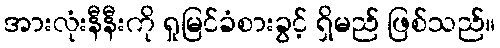
အားလုံးနီနီးကို ရှုမြင်ခံစားခွင့် ရှိမည် ဖြစ်သည်။